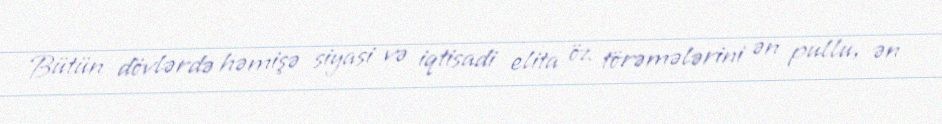
Bütün dövlərdə həmişə siyasi və iqtisadi elita öz törəmələrini ən pullu, ən